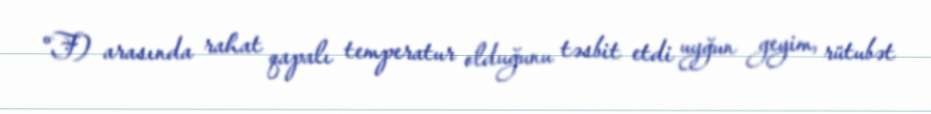
°F) arasında rahat qapalı temperatur olduğunu təsbit etdi uyğun geyim, rütubət